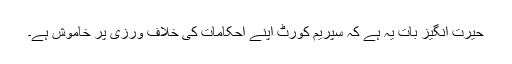
حیرت انگیز بات یہ ہے کہ سپریم کورٹ اپنے احکامات کی خلاف ورزی پر خاموش ہے۔